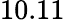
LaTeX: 10.11